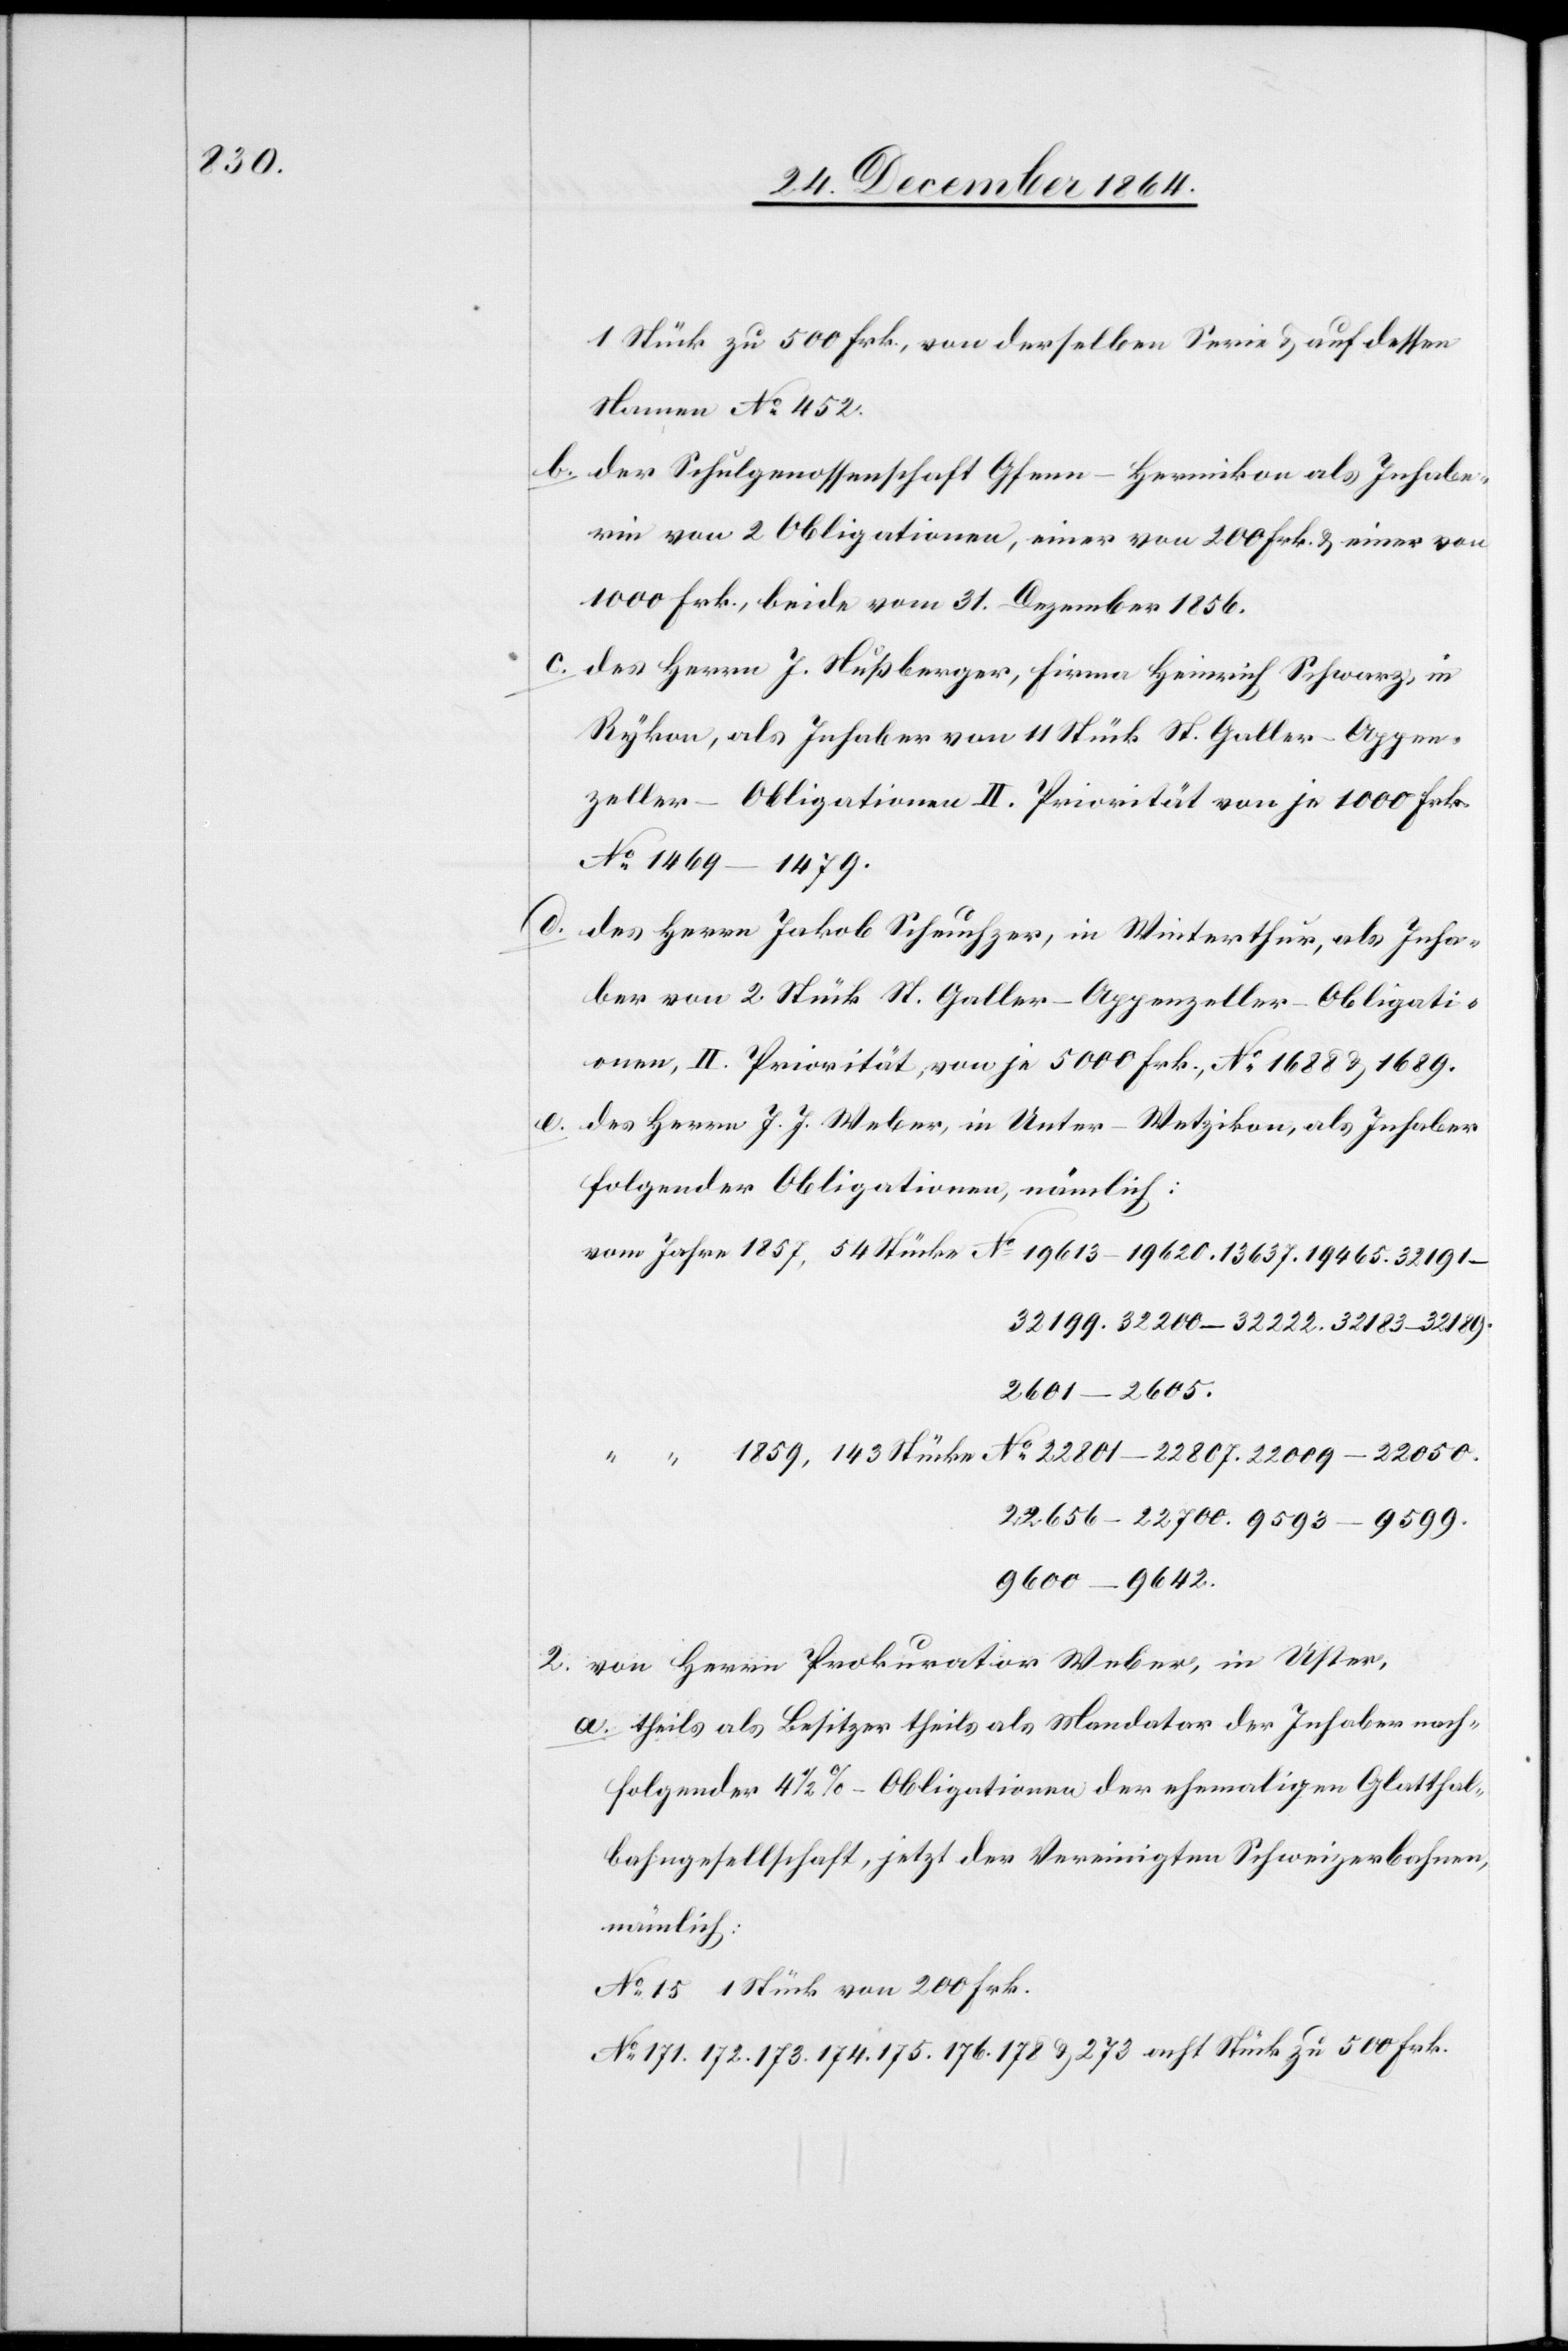
19465.

1 Stück zu 500 Frk., von derselben Serie & auf dessen
Namen No 452.
b. der Schulgenossenschaft Gfenn-Hermikon als Inhabe¬
rin von 2 Obligationen, einer von 200 Frk. & einer von
1000 Frk., beide vom 31. Dezember 1856.
c.
des Herrn J. Nußberger, Firma Heinrich Schwarz, in
Rykon, als Inhaber von 11 Stück St. Galler-Appen¬
zeller-Obligationen II. Priorität von je 1000 Frk.
No 1469–1479.
d.
des Herrn Jakob Scheuchzer, in Winterthur, als Inha¬
ber von 2 Stück St. Galler-Appenzeller-Obligati¬
onen, II. Priorität, von je 5000 Frk., No 1688 & 1689.
e. des Herrn J. J. Weber, in Unter-Wetzikon, als Inhaber
folgender Obligationen, nämlich:
3291–32199. 32200–32222. 32183–3289.
2601–2605.
22656–22700. 9593–9599.
9600–9642.
2. von Herrn Prokurator Weber, in Uster,
a. theils als Besitzer theils als Mandator der Inhaber nach¬
folgender 4 1/2%-Obligationen der ehemaligen Glatthal¬
bahngesellschaft, jetzt der Vereinigten Schweizerbahnen,
nämlich:
No 15 1 Stück von 200 Frk.
No 171. 172. 173. 174. 175. 176. 178 & 273 acht Stück zu 500 Frk.